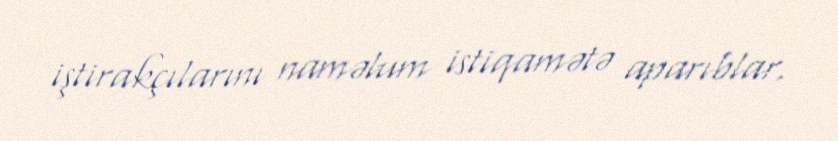
iştirakçılarını naməlum istiqamətə aparıblar.